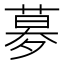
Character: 𡖶